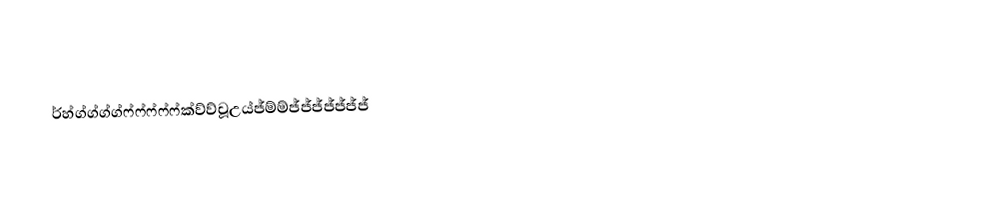
ර්හ්ග්ග්ග්ග්ෆ්ෆ්ෆ්ෆ්ෆ්ක්ව්ව්වූඋය්ජ්ම්ම්ජ්ජ්ජ්ජ්ජ්ජ්ජ්